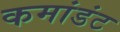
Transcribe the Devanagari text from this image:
कमांडंट